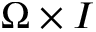
\Omega \times I